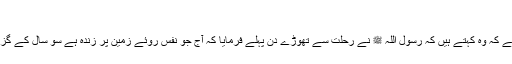
89)
دوسری حدیث: جابر رضی سے روایت ہے کہ وہ کہتے ہیں کہ رسول اللہ ﷺ نے رحلت سے تھوڑے دن پہلے فرمایا کہ آج جو نفس روئے زمین پر زندہ ہے سو سال کے گزرنے تک ان میں کوئی بھی زندہ نہ ہو گا۔